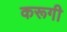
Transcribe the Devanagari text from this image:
करूगी